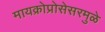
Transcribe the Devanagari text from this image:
मायक्रोप्रोसेसरमुळे